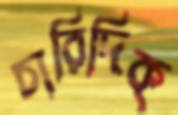
চারিদিক্‌